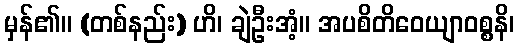
မှန်၏။ (တစ်နည်း) ဟိ၊ ချဲဦးအံ့။ အပစိတိဝေယျာဝစ္စနိ၊